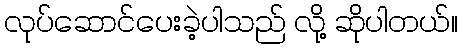
လုပ်ဆောင်ပေးခဲ့ပါသည် လို့ ဆိုပါတယ်။